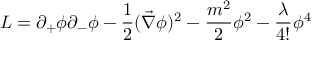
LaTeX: { \cal L } = \partial _ { + } \phi \partial _ { - } \phi - \frac { 1 } { 2 } ( \vec { \nabla } \phi ) ^ { 2 } - \frac { m ^ { 2 } } { 2 } \phi ^ { 2 } - \frac { \lambda } { 4 ! } \phi ^ { 4 }